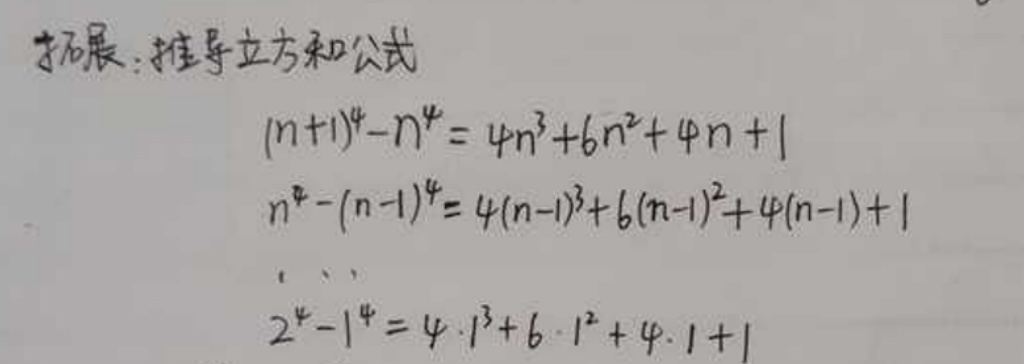
拓展：推导立方和公式
\begin{align*}
(n + 1)^4 - n^4&=4n^3 + 6n^2 + 4n+1\\
n^4-(n - 1)^4&=4(n - 1)^3 + 6(n - 1)^2 + 4(n - 1)+1\\
&\cdots\\
2^4-1^4&=4\cdot1^3 + 6\cdot1^2 + 4\cdot1+1
\end{align*}